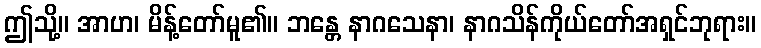
ဤသို့။ အာဟ၊ မိန့်တော်မူ၏။ ဘန္တေ နာဂသေနာ၊ နာဂသိန်ကိုယ်တော်အရှင်ဘုရား။